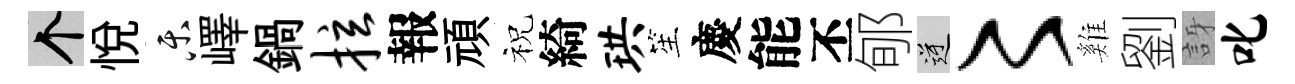
个悅乐嶧鍋拉報頑祝綺珙笙慶能丕郇逆〻雞劉訝叱